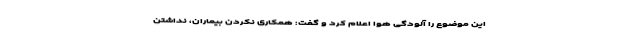
این موضوع را آلودگی هوا اعلام کرد و گفت: همکاری نکردن بیماران، نداشتن